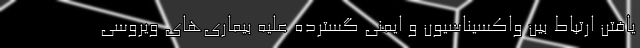
یافتنِ ارتباط بین واکسیناسیون و ایمنیِ گسترده علیه بیماری‌های ویروسی